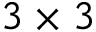
3 \times 3